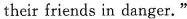
their friends in danger."